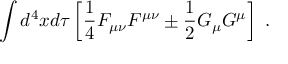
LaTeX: \int d ^ { 4 } x d \tau \left[ \frac 1 4 F _ { \mu \nu } F ^ { \mu \nu } \pm \frac 1 2 G _ { \mu } G ^ { \mu } \right] \ .